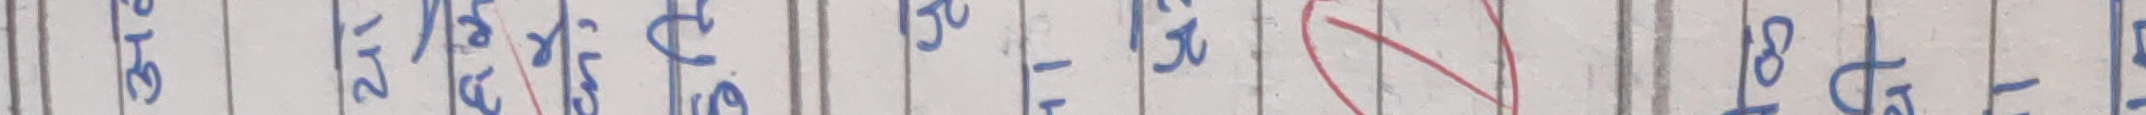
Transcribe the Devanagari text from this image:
३१ ३२ ३३ ३४ ३५ ३६ ३७ ३८ ३९ ४०